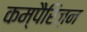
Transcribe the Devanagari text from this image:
कम्पैरिज़न